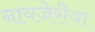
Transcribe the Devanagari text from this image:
नायजेरीया